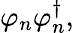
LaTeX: \varphi_{n}\varphi_{n}^{\dagger},